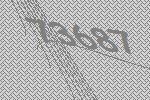
73687